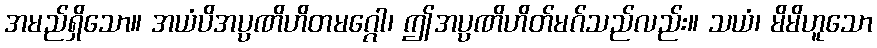
အမည်ရှိသော။ အယံပိအပ္ပဏိဟိတမဂ္ဂေါ၊ ဤအပ္ပဏိဟိတ်မဂ်သည်လည်း။ သယံ၊ မိမိဟူသော